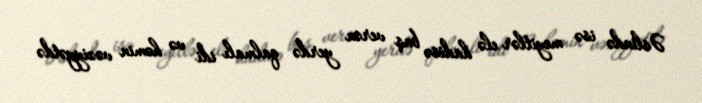
Əslində isə meyitlər elə hadisə baş verən yerdə qalmalı idi və həmin vəziyyətdə